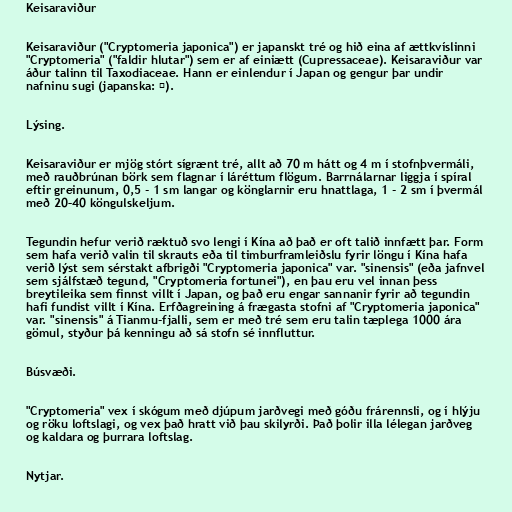
Keisaraviður

Keisaraviður ("Cryptomeria japonica") er japanskt tré og hið eina af ættkvíslinni
"Cryptomeria" ("faldir hlutar") sem er af einiætt (Cupressaceae). Keisaraviður var
áður talinn til Taxodiaceae. Hann er einlendur í Japan og gengur þar undir
nafninu sugi (japanska: 杉).

Lýsing.

Keisaraviður er mjög stórt sígrænt tré, allt að 70 m hátt og 4 m í stofnþvermáli,
með rauðbrúnan börk sem flagnar í láréttum flögum. Barrnálarnar liggja í spíral
eftir greinunum, 0,5 - 1 sm langar og könglarnir eru hnattlaga, 1 - 2 sm í þvermál
með 20–40 köngulskeljum.

Tegundin hefur verið ræktuð svo lengi í Kína að það er oft talið innfætt þar. Form
sem hafa verið valin til skrauts eða til timburframleiðslu fyrir löngu í Kína hafa
verið lýst sem sérstakt afbrigði "Cryptomeria japonica" var. "sinensis" (eða jafnvel
sem sjálfstæð tegund, "Cryptomeria fortunei"), en þau eru vel innan þess
breytileika sem finnst villt í Japan, og það eru engar sannanir fyrir að tegundin
hafi fundist villt í Kína. Erfðagreining á frægasta stofni af "Cryptomeria japonica"
var. "sinensis" á Tianmu-fjalli, sem er með tré sem eru talin tæplega 1000 ára
gömul, styður þá kenningu að sá stofn sé innfluttur.

Búsvæði.

"Cryptomeria" vex í skógum með djúpum jarðvegi með góðu frárennsli, og í hlýju
og röku loftslagi, og vex það hratt við þau skilyrði. Það þolir illa lélegan jarðveg
og kaldara og þurrara loftslag.

Nytjar.